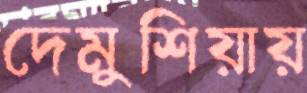
দেমুশিয়ায়